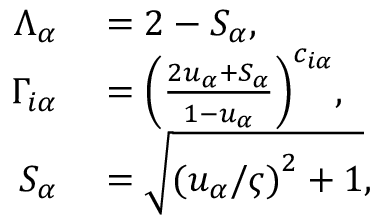
\begin{array} { r l } { \Lambda _ { \alpha } } & { { } = 2 - S _ { \alpha } , } \\ { \Gamma _ { i \alpha } } & { { } = { \left( \frac { 2 u _ { \alpha } + S _ { \alpha } } { 1 - u _ { \alpha } } \right) } ^ { c _ { i \alpha } } , } \\ { S _ { \alpha } } & { { } = \sqrt { { ( u _ { \alpha } / \varsigma ) } ^ { 2 } + 1 } , } \end{array}